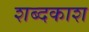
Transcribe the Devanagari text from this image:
शब्दकाश